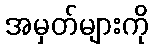
အမှတ်များကို